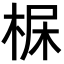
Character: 𣒺